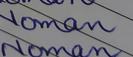
Signature authenticity: genuine